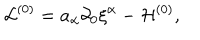
{ \cal L } ^ { ( 0 ) } = a _ { \alpha } \partial _ { 0 } { \xi } ^ { \alpha } - { \cal H } ^ { ( 0 ) } ,